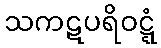
သကဋပရိဝဋ္ဋံ